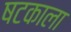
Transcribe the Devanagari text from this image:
षटकाला